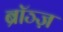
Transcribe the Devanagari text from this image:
ब्रॉञ्ज़